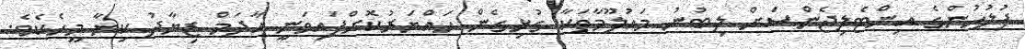
ފުލުހުންގެ އިންޓެލިޖެންސަށް ލިބުނު މައުލޫމާތަކާ ގުޅިގެން ހައްޔަރުކޮށްފައިވަނީ އާދަމް ޒިޔާދު ކިޔާ މީހެކެވެ.